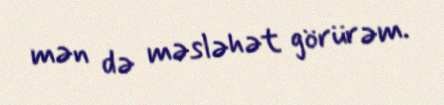
mən də məsləhət görürəm.